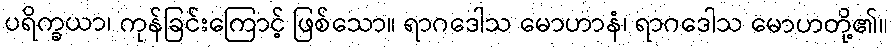
ပရိက္ခယာ၊ ကုန်ခြင်းကြောင့် ဖြစ်သော။ ရာဂဒေါသ မောဟာနံ၊ ရာဂဒေါသ မောဟတို့၏။